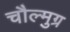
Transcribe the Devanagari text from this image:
चौल्मुग्र